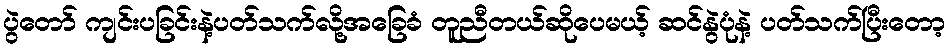
ပွဲတော် ကျင်းပခြင်းနဲ့ပတ်သက်လို့အခြေခံ တူညီတယ်ဆိုပေမယ့် ဆင်နွဲပုံနဲ့ ပတ်သက်ပြီးတော့